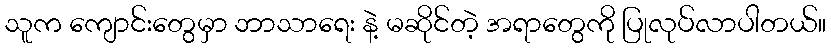
သူက ကျောင်းတွေမှာ ဘာသာရေး နဲ့ မဆိုင်တဲ့ အရာတွေကို ပြုလုပ်လာပါတယ်။